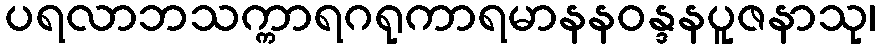
ပရလာဘသက္ကာရဂရုကာရမာနနဝန္ဒနပူဇနာသု၊